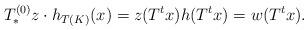
LaTeX: \begin{align*}T^{(0)}_* z \cdot h_{T(K)}(x) = z(T^t x) h(T^t x) = w(T^t x) . \end{align*}